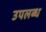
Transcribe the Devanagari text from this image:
उपलब्ध्‍ा